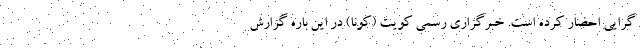
گرایی احضار کرده است. خبرگزاری رسمی کویت (کونا) در این باره گزارش